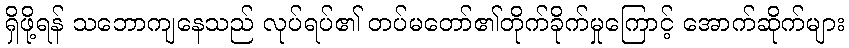
ရှိဖို့ရန် သဘောကျနေသည် လုပ်ရပ်၏ တပ်မတော်၏တိုက်ခိုက်မှုကြောင့် အောက်ဆိုက်များ